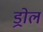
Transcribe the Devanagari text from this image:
ड्रोल